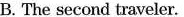
B. The second traveler.